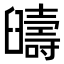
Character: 𦦰